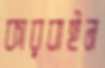
কারবাইন